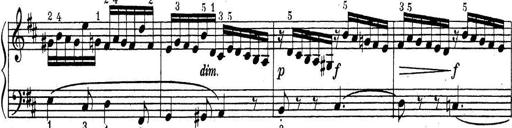
Title: ÄŒeskÃ© Sonatiny
Composer: Various